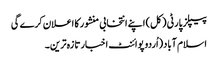
پیپلز پارٹی ( کل) اپنے انتخابی منشور کا اعلان کرے گی
اسلام آباد(اُردو پوائنٹ اخبارتازہ ترین۔